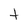
Character: t